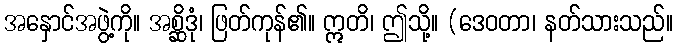
အနှောင်အဖွဲ့ကို။ အစ္ဆိဒုံ၊ ဖြတ်ကုန်၏။ ဣတိ၊ ဤသို့။ (ဒေဝတာ၊ နတ်သားသည်။